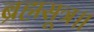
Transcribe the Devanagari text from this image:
ब्रह्मसूत्र॥